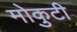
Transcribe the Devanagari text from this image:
मोकुटी